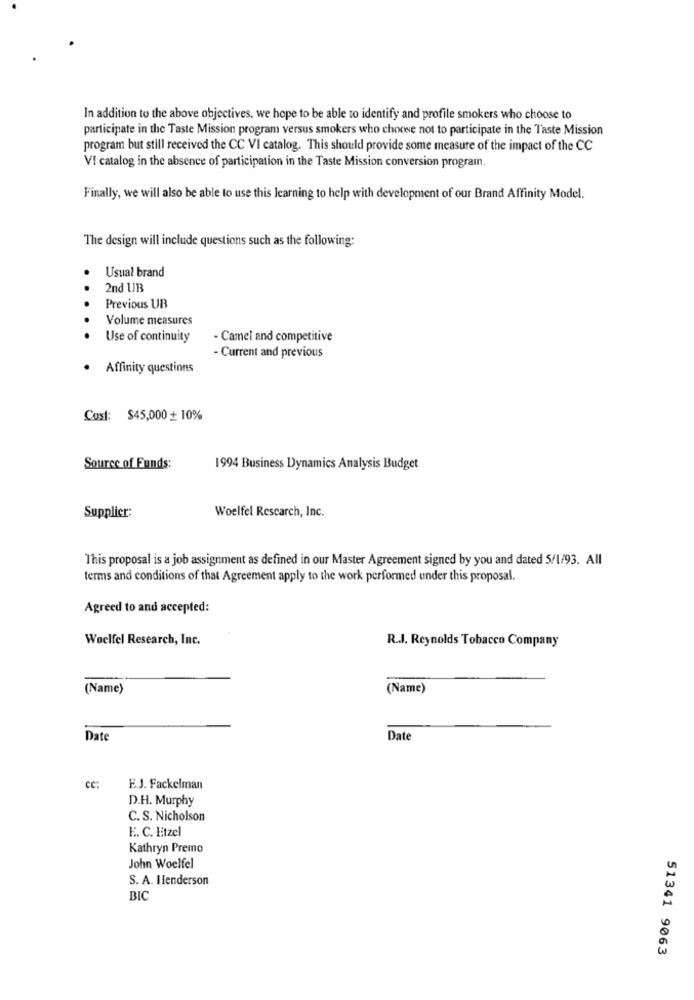
In addition to the above objectives, we hope to be able to identify and profile smokers who choose to
participate in the Taste Mission program versus smokers who choose not to participate in the Taste Mission
program but still received the CC VI catalog. This should provide some measure of the impact of the CC
VI catalog in the absence of participation in the Taste Mission conversion programn.
Finally, we will also be able to use this learning to help with development of our Brand Affinity Model.
The design will include questions such as the following:
Usual brand
2nd UB
Previous UB
Volume measures
Use of continuity
- Camel and competitive
- Current and previous
. Affinity questions
Cost: $45,000 + 10%
Source of Funds:
1994 Business Dynamics Analysis Budget
Woelfel Rescarch, Inc.
Supplier:
This proposal is a job assignment as defined in our Master Agreement signed by you and dated 5/1/93. All
terms and conditions of that Agreement apply to the work performed under this proposal.
Agreed to and accepted:
Woelfel Research, Inc.
R.J. Reynolds Tobacco Company
(Name)
(Name)
Date
Date
CC:
F.J. Fackelman
D.H. Murphy
C. S. Nicholson
E. C. Etzel
Kathryn Premo
John Woelfel
S. A. Ilenderson
BIC
51341 9063